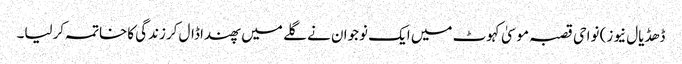
ڈھڈیال نیوز) نواحی قصبہ موسیٰ کہوٹ میں ایک نوجوان نے گلے میں پھندا ڈال کرزندگی کاخاتمہ کرلیا۔